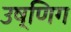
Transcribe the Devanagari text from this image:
उष्णिग